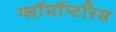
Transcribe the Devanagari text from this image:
ग्लॉमॉप्टरिस